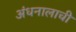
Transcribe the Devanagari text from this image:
अंधनालाची